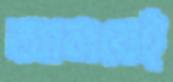
আলবেই